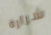
شرارة